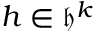
h \in \mathfrak { h } ^ { k }